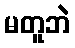
မတူဘဲ